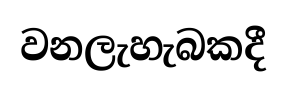
වනලැහැබකදී